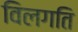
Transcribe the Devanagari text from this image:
विलगति